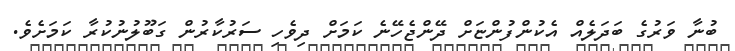
ބުނާ ވަރުގެ ބަދަލެއް އެކުންފުންޏަށް ދޭންޖެހޭނެ ކަމަށް ދިވެހި ސަރުކާރުން ގަބޫލުނުކުރާ ކަމަށެވެ.